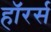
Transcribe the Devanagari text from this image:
हॉरर्स